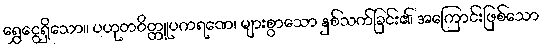
ရွှေငွေရှိသော။ ပဟုတဝိတ္တူပကရဏေ၊ များစွာသော နှစ်သက်ခြင်း၏ အကြောင်းဖြစ်သော